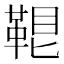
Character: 𩊷